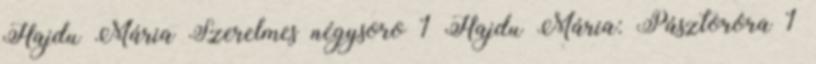
Hajdu Mária Szerelmes négysoro 1 Hajdu Mária: Pásztoróra 1